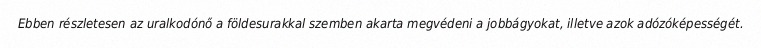
Ebben részletesen az uralkodónő a földesurakkal szemben akarta megvédeni a jobbágyokat, illetve azok adózóképességét.